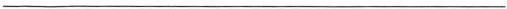
___